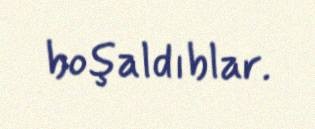
boşaldıblar.